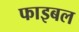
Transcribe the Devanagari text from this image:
फाइबल